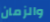
والزمان